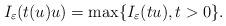
LaTeX: \begin{align*}I_\varepsilon(t(u)u)=\max \{I_\varepsilon(tu), t>0\}.\end{align*}